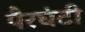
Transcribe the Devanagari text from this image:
पैरघंटी